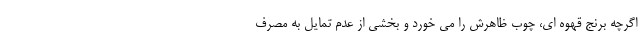
اگرچه برنج قهوه ای، چوب ظاهرش را می خورد و بخشی از عدم تمایل به مصرف